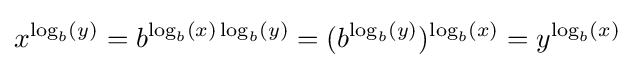
x^{\log _{b}(y)}=b^{\log _{b}(x)\log _{b}(y)}=(b^{\log _{b}(y)})^{\log _{b}(x)}=y^{\log _{b}(x)}